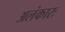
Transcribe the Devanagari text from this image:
अलंकारः